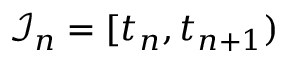
\mathscr { I } _ { n } = [ t _ { n } , t _ { n + 1 } )